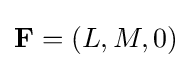
\mathbf {F} =(L,M,0)